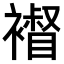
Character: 𧝴